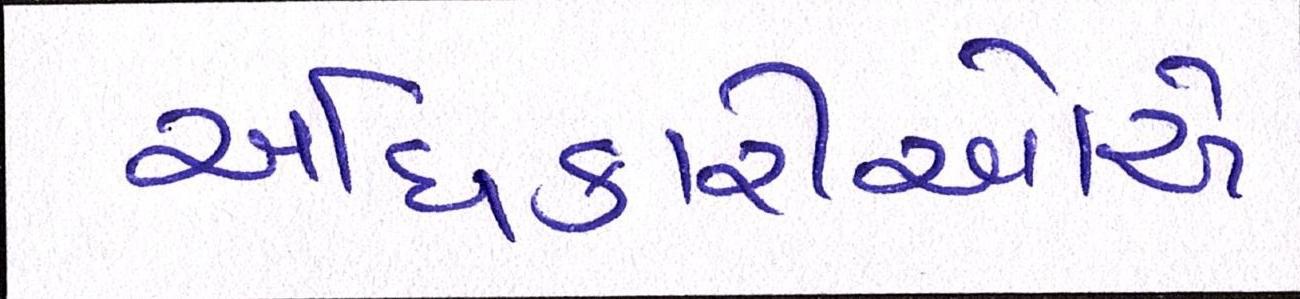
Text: અધિકારીઓએ